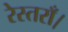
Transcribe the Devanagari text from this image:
रेस्तराँ।